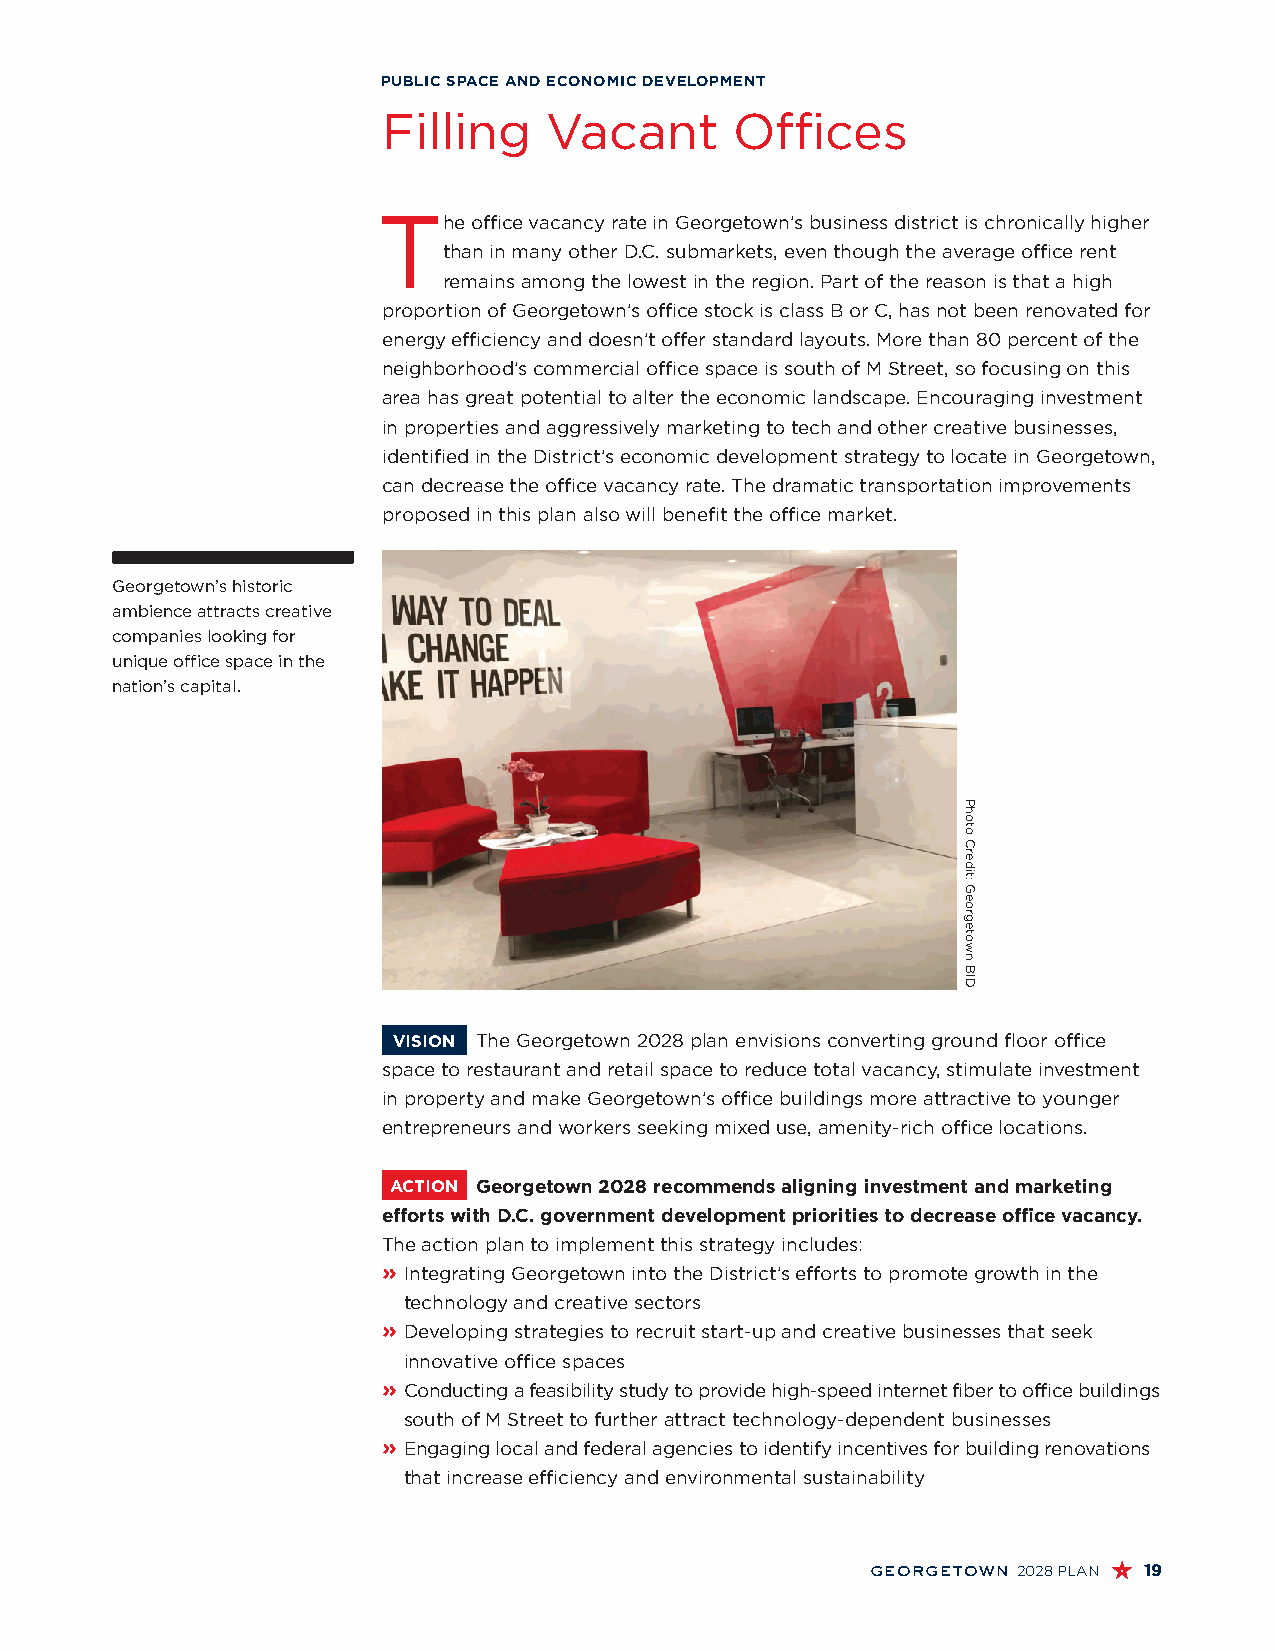
PUBLIC SPACE AND ECONOMIC DEVELOPMENT
 Filling    Vacant       Offices
 T
 he office vacancy rate in Georgetown’s business district is chronically higher
 than in many other D.C. submarkets, even though the average office rent
 remains among the lowest in the region. Part of the reason is that a high
 proportion of Georgetown’s office stock is class B or C, has not been renovated for
 energy efficiency and doesn’t offer standard layouts. More than 80 percent of the
 neighborhood’s commercial office space is south of M Street, so focusing on this
 area has great potential to alter the economic landscape. Encouraging investment
 in properties and aggressively marketing to tech and other creative businesses,
 identified in the District’s economic development strategy to locate in Georgetown,
 can decrease the office vacancy rate. The dramatic transportation improvements
 proposed in this plan also will benefit the office market.
 Georgetown’s historic
 ambience attracts creative
 companies looking for
 unique office space in the
 nation’s capital.
 VISION The Georgetown 2028 plan envisions converting ground floor office
 space to restaurant and retail space to reduce total vacancy, stimulate investment
 in property and make Georgetown’s office buildings more attractive to younger
 entrepreneurs and workers seeking mixed use, amenity-rich office locations.
 ACTION Georgetown 2028 recommends aligning investment and marketing
 efforts with D.C. government development priorities to decrease office vacancy.
 The action plan to implement this strategy includes:
 » I ntegrating Georgetown into the District’s efforts to promote growth in the
 technology and creative sectors
 » D eveloping strategies to recruit start-up and creative businesses that seek
 innovative office spaces
 » C onducting a feasibility study to provide high-speed internet fiber to office buildings
 south of M Street to further attract technology-dependent businesses
 » E ngaging local and federal agencies to identify incentives for building renovations
 that increase efficiency and environmental sustainability
 georgetown 2028 PLAN 19
 Photo
 Credit:
 Georgetown
 BID